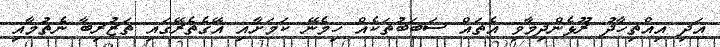
އަދި އިއްތިހާދު ރޫޅެންދިމާވި އެތައް ސަބަބުތަކެއް ހިމެނޭ ކަމަށާއި އޭގެތެރޭގައި ތަޒުރިބާ ނެތުމާއި